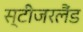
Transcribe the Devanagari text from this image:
स्टीजरलैंड